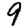
Digit: 9